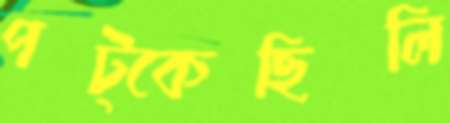
পট্‌কেছিলি